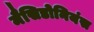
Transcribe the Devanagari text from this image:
मैसिडोनियंस